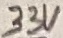
Text: 33V